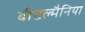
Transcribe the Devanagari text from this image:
बीटल्मैनिया